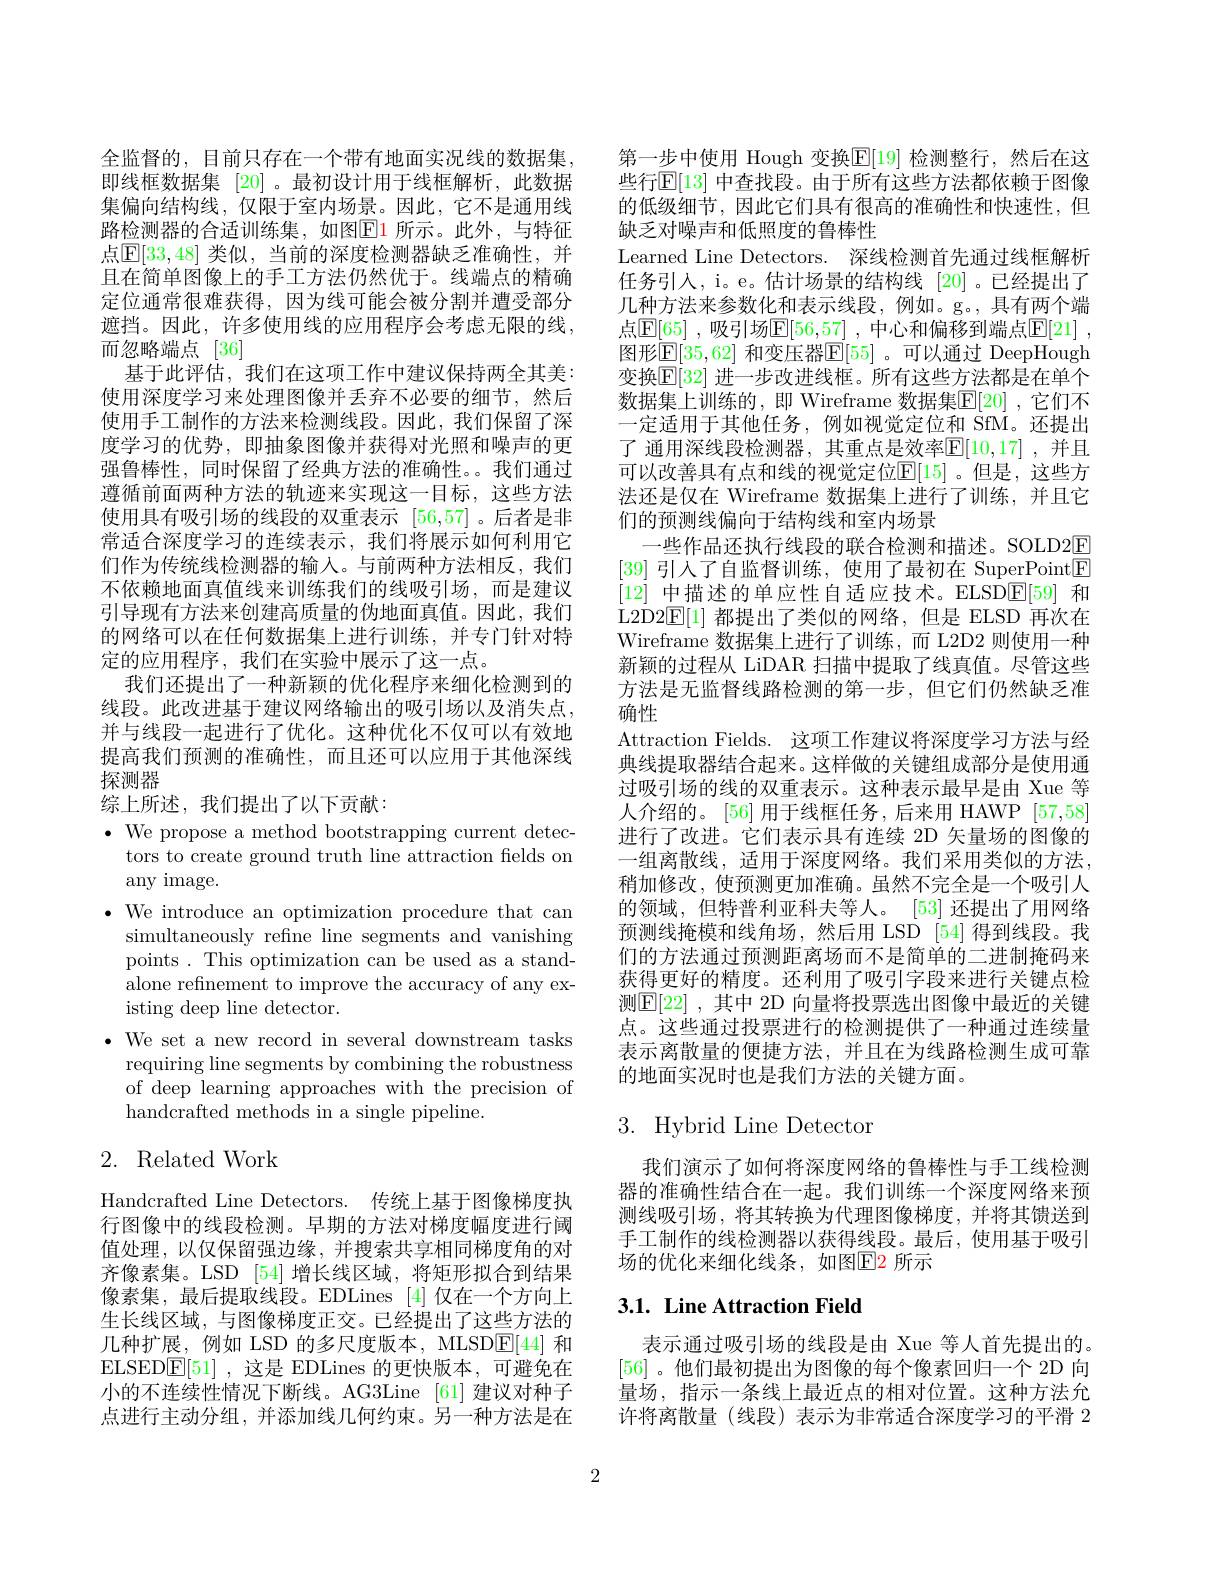
全监督的，目前只存在一个带有地面实况线的数据集， 即线框数据集[20] 。最初设计用于线框解析，此数据集偏向结构线，仅限于室内场景。因此，它不是通用线路检测器的合适训练集，如图$\boxed{\mathrm{E}}$1 所示。此外，与特征点$\mathbb{E}[33,48]$ 类似，当前的深度检测器缺乏准确性，并且在简单图像上的手工方法仍然优于。线端点的精确定位通常很难获得，因为线可能会被分割并遭受部分遮挡。因此，许多使用线的应用程序会考虑无限的线， 而忽略端点[36]
基于此评估，我们在这项工作中建议保持两全其美： 使用深度学习来处理图像并丢弃不必要的细节，然后使用手工制作的方法来检测线段。因此，我们保留了深度学习的优势，即抽象图像并获得对光照和噪声的更强鲁棒性，同时保留了经典方法的准确性。。我们通过遵循前面两种方法的轨迹来实现这一目标，这些方法使用具有吸引场的线段的双重表示[56,57] 。后者是非常适合深度学习的连续表示，我们将展示如何利用它们作为传统线检测器的输入。与前两种方法相反，我们不依赖地面真值线来训练我们的线吸引场，而是建议引导现有方法来创建高质量的伪地面真值。因此，我们的网络可以在任何数据集上进行训练，并专门针对特定的应用程序，我们在实验中展示了这一点。
我们还提出了一种新颖的优化程序来细化检测到的线段。此改进基于建议网络输出的吸引场以及消失点， 并与线段一起进行了优化。这种优化不仅可以有效地提高我们预测的准确性，而且还可以应用于其他深线探测器
综上所述，我们提出了以下贡献：

$\bullet$ We propose a method bootstrapping current detec-
tors to create ground truth line attraction fields on
any image.
$\bullet$ We introduce an optimization procedure that can
simultaneously refine line segments and vanishing points . This optimization can be used as a standalone refinement to improve the accuracy of any existing deep line detector.
· We set a new record in several downstream tasks
requiring line segments by combining the robustness of deep learning approaches with the precision of handcrafted methods in a single pipeline.

# 2. Related Work

Handcrafted Line Detectors. 传统上基于图像梯度执行图像中的线段检测。早期的方法对梯度幅度进行阈值处理，以仅保留强边缘，并搜索共享相同梯度角的对齐像素集。LSD [54]增长线区域，将矩形拟合到结果像素集，最后提取线段。EDLines [4]仅在一个方向上生长线区域，与图像梯度正交。已经提出了这些方法的几种扩展，例如 LSD 的多尺度版本，MLSD$\underline{\mathrm{E}}[44]$和ELSED$\underline{\mathrm{E}}[51]$ ,这是 EDLines 的更快版本 ,可避免在小的不连续性情况下断线。AG3Line [61] 建议对种子点进行主动分组，并添加线几何约束。另一种方法是在

第一步中使用 Hough 变换E[19] 检测整行，然后在这些行$\mathbb{E}[13]$ 中查找段。由于所有这些方法都依赖于图像的低级细节，因此它们具有很高的准确性和快速性，但缺乏对噪声和低照度的鲁棒性
Learned Line Detectors. 深线检测首先通过线框解析任务引人，i。e。估计场景的结构线[20] 。已经提出了几种方法来参数化和表示线段，例如。g。,具有两个端点$\mathbb{E}[\underline{65}]$ ,吸引场$\mathbb{E}[56,\underline{57}]$ ,中心和偏移到端点$\mathbb{E}[21]$ , 图形$\mathbb{E}[35,62]$ 和变压器$\mathbb{E}[55]$ 。可以通过 DeepHough 变换$\mathbb{E}[32]$ 进一步改进线框。所有这些方法都是在单个数据集上训练的，即 Wireframe 数据集$\overline{\mathrm{E}}[20]$ ,它们不一定适用于其他任务。例如视觉定位和 SfM。还提出了 通用深线段检测器，其重点是效率$\mathbb{E}[10,17]$ ,并且可以改善具有点和线的视觉定位$\mathbb{E}[15]$ 。但是，这些方法还是仅在 Wireframe 数据集上进行了训练，并且它们的预测线偏向于结构线和室内场景
一些作品还执行线段的联合检测和描述。SOLD2$\overline{\mathrm{E}}$ [39]引人了自监督训练，使用了最初在 SuperPoint$\boxed{\mathrm{F}}$ [12]中描述的单应性自适应技术。ELSD$\boxed{\mathrm{E}}[59]$和L2D2E[ 1] 都提出了类似的网络，但是 ELSD 再次在Wireframe 数据集上进行了训练，而 L2D2 则使用一种新颖的过程从 LiDAR 扫描中提取了线真值。尽管这些方法是无监督线路检测的第一步，但它们仍然缺乏准确性
Attraction Fields. 这项工作建议将深度学习方法与经典线提取器结合起来。这样做的关键组成部分是使用通过吸引场的线的双重表示。这种表示最早是由 Xue 等人介绍的。[56] 用于线框任务，后来用 HAWP [57,58] 进行了改进。它们表示具有连续 2D 矢量场的图像的一组离散线，适用于深度网络。我们采用类似的方法， 稍加修改，使预测更加准确。虽然不完全是一个吸引人的领域，但特普利亚科夫等人。[53] 还提出了用网络预测线掩模和线角场，然后用 LSD [54] 得到线段。我们的方法通过预测距离场而不是简单的二进制掩码来获得更好的精度。还利用了吸引字段来进行关键点检测$\mathbb{E}[22]$ ,其中 2D 向量将投票选出图像中最近的关键点。这些通过投票进行的检测提供了一种通过连续量表示离散量的便捷方法，并且在为线路检测生成可靠的地面实况时也是我们方法的关键方面。

# 3. Hybrid Line Detector

我们演示了如何将深度网络的鲁棒性与手工线检测器的准确性结合在一起。我们训练一个深度网络来预测线吸引场，将其转换为代理图像梯度，并将其馈送到手工制作的线检测器以获得线段。最后，使用基于吸引场的优化来细化线条，如图E2 所示

## 3.1. Line Attraction Field

表示通过吸引场的线段是由 Xue 等人首先提出的。[56] 。他们最初提出为图像的每个像素回归一个 2D 向量场，指示一条线上最近点的相对位置。这种方法允许将离散量(线段)表示为非常适合深度学习的平滑 2

2